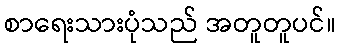
စာရေးသားပုံသည် အတူတူပင်။